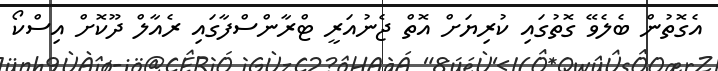
އެގޮތުން ބެލެވޭ ގޮތުގައި ކުރިޔަށް އޮތް ޖެނުއަރީ ޓްރާންސްފާގައި ރެއާލް ދޫކޮށް އިސްކޯ